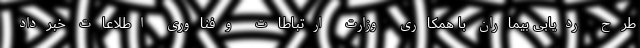
طرح ردیابی بیماران با همکاری وزارت ارتباطات وفناوری اطلاعات خبرداد